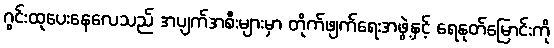
ဂွင်းထုပေးနေလေသည် အပျက်အစီးများမှာ တိုက်ဖျက်ရေးအဖွဲ့နှင့် ရေနုတ်မြောင်းကို